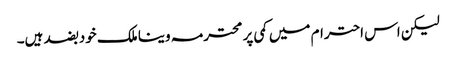
لیکن اس احترام میں کمی پر محترمہ وینا ملک خود بضد ہیں۔